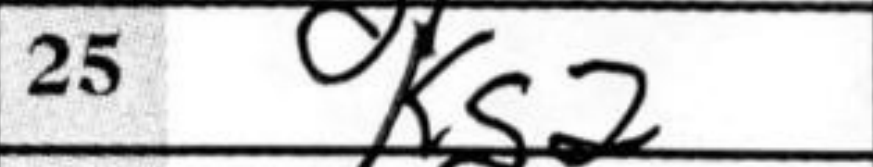
Transcription: Bg2